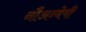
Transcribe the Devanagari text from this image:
नौअन्वेषी